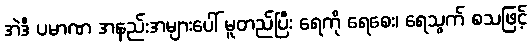
အဲဒီ ပမာဏ အနည်းအများပေါ် မူတည်ပြီး ရေကို ရေစေး၊ ရေသွက် စသဖြင့်